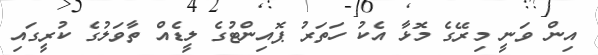
އިން ވަނީ މިރޭގެ މޮޅާ އެކު ހަތަރު ޕޮއިންޓުގެ ލީޑެއް ތާވަލުގެ ކުރީގައި